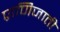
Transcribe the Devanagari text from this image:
प्राणिजाती